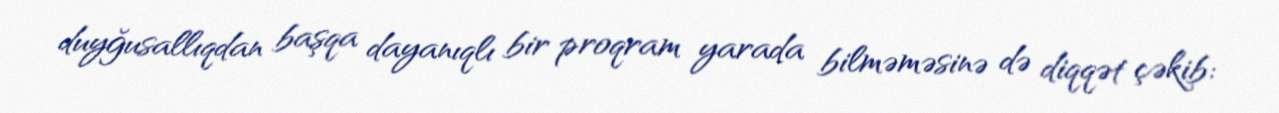
duyğusallıqdan başqa dayanıqlı bir proqram yarada bilməməsinə də diqqət çəkib: